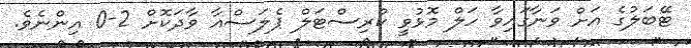
ޓޭބަލުގެ އަށް ވަނާގައިވާ ހަލް މޮޅުވީ ކްރިސްޓަލް ޕެލަސްއާ ވާދަކޮށް 2-0 އިންނެވެ.